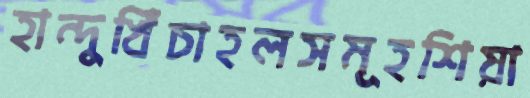
হান্দুখিঁচাহলসমূহশিয়া